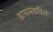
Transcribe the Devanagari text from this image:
डायमंडविले